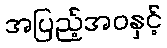
အပြည့်အဝနှင့်